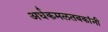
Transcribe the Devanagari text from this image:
अर्धकमलतबकांनी